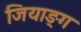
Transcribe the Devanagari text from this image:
जियाङ्ग